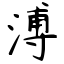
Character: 溥